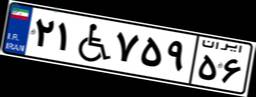
۲۱W۷۵۹۵۶